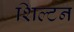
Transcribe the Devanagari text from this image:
शिल्टन